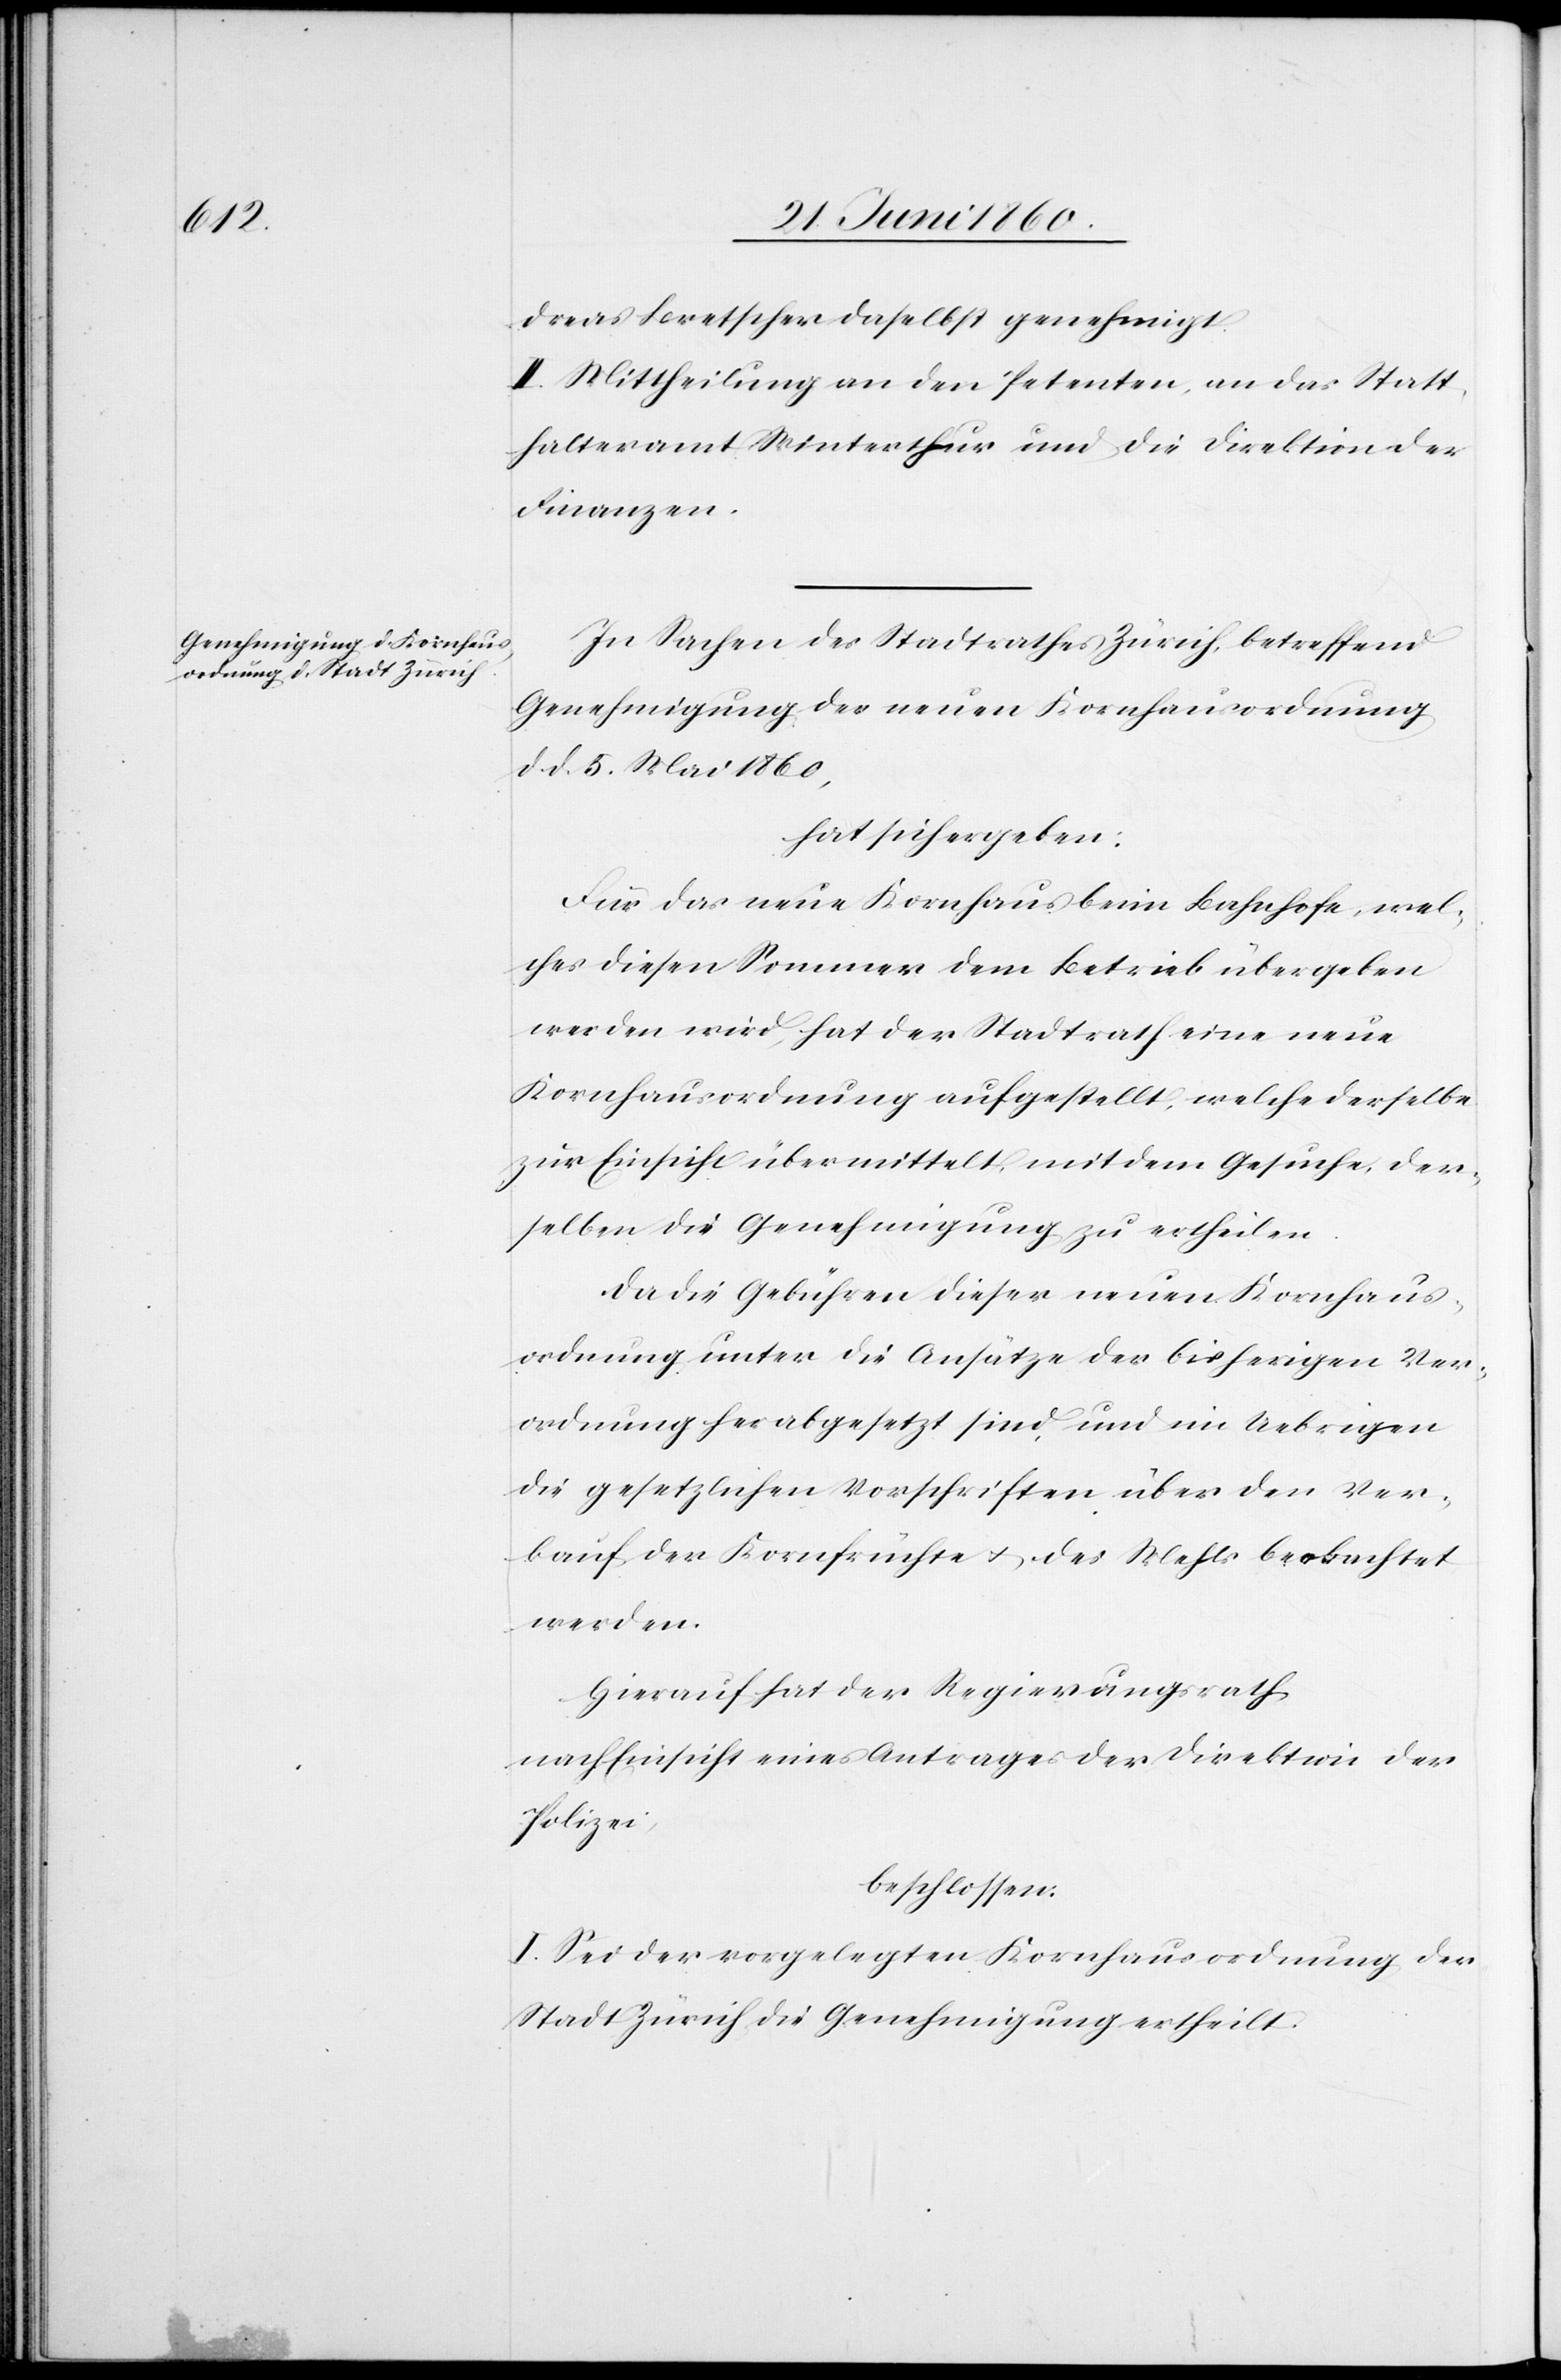
dreas Bretscher daselbst genehmigt.
II. Mittheilung an den Petenten, an das Statt¬
halteramt Winterthur und die Direktion der
Finanzen.
In Sachen des Stadtrathes Zürich, betreffend
Genehmigung der neuen Kornhausordnung
d. d. 5. Mai 1860,
hat sich ergeben:
Für das neue Kornhaus beim Bahnhof, wel¬
ches diesen Sommer dem Betrieb übergeben
werden wird, hat der Stadtrath eine neue
Kornhausordnung aufgestellt, welche derselbe
zur Einsicht übermittelt, mit dem Gesuche, der¬
selben die Genehmigung zu ertheilen.
Da die Gebühren dieser neuen Kornhaus¬
ordnung unter die Ansätze der bisherigen Ver¬
ordnung herabgesetzt sind, und im Uebrigen
die gesetzlichen Vorschriften über den Ver¬
kauf der Kornfrüchte u. des Mehls beobachtet
werden.
Hierauf hat der Regierungsrath,
nach Einsicht eines Antrages der Direktion der
Polizei,
beschlossen:
I. Sei der vorgelegten Kornhausordnung der
Stadt Zürich die Genehmigung ertheilt.